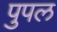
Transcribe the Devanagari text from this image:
पुपल